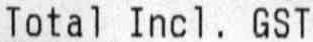
TOTAL INCL. GST